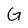
Character: G